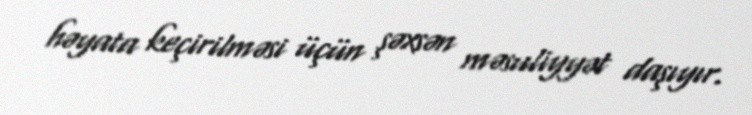
həyata keçirilməsi üçün şəxsən məsuliyyət daşıyır.